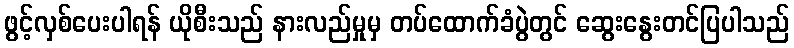
ဖွင့်လှစ်ပေးပါရန် ယိုစီးသည် နားလည်မှုမှ တပ်ထောက်ခံပွဲတွင် ဆွေးနွေးတင်ပြပါသည်